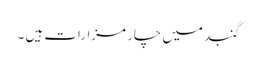
گنبد میں چار مزارات ہیں ۔